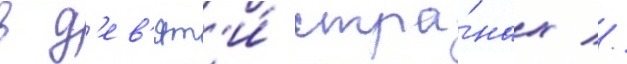
в д'ев'ят'и́ стра́нах //